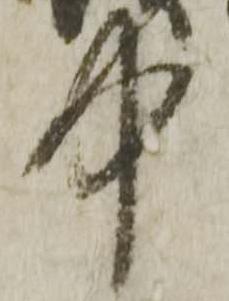
中